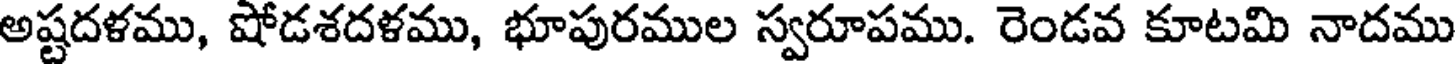
అష్టదళము, షోడశదళము, భూపురముల స్వరూపము. రెండవ కూటమి నాదము